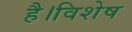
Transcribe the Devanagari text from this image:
है।विशेष